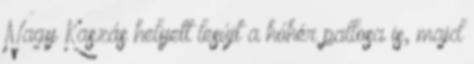
Nagy Kaszás helyett lesújt a hóhér pallosa is, majd